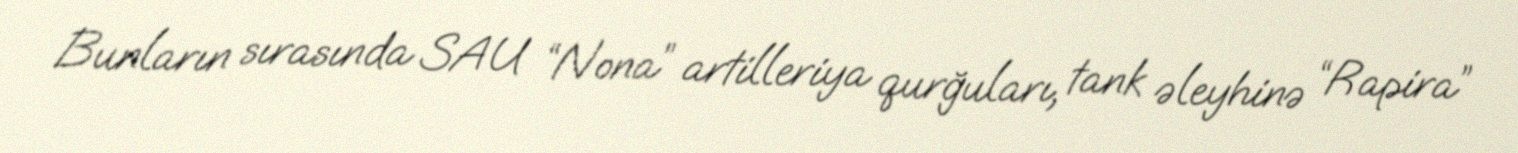
Bunların sırasında SAU “Nona” artilleriya qurğuları, tank əleyhinə “Rapira”